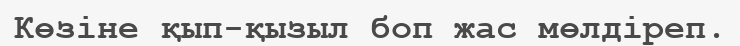
Көзіне қып-қызыл боп жас мөлдіреп.